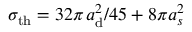
\sigma _ { \mathrm { t h } } = 3 2 \pi \, a _ { \mathrm { d } } ^ { 2 } / 4 5 + 8 \pi a _ { s } ^ { 2 }